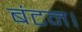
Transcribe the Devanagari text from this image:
बंटन।